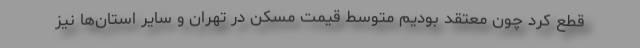
قطع کرد چون معتقد بودیم متوسط قیمت مسکن در تهران و سایر استان‌ها نیز